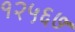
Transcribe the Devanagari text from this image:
१२५६७